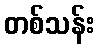
တစ်သန်း